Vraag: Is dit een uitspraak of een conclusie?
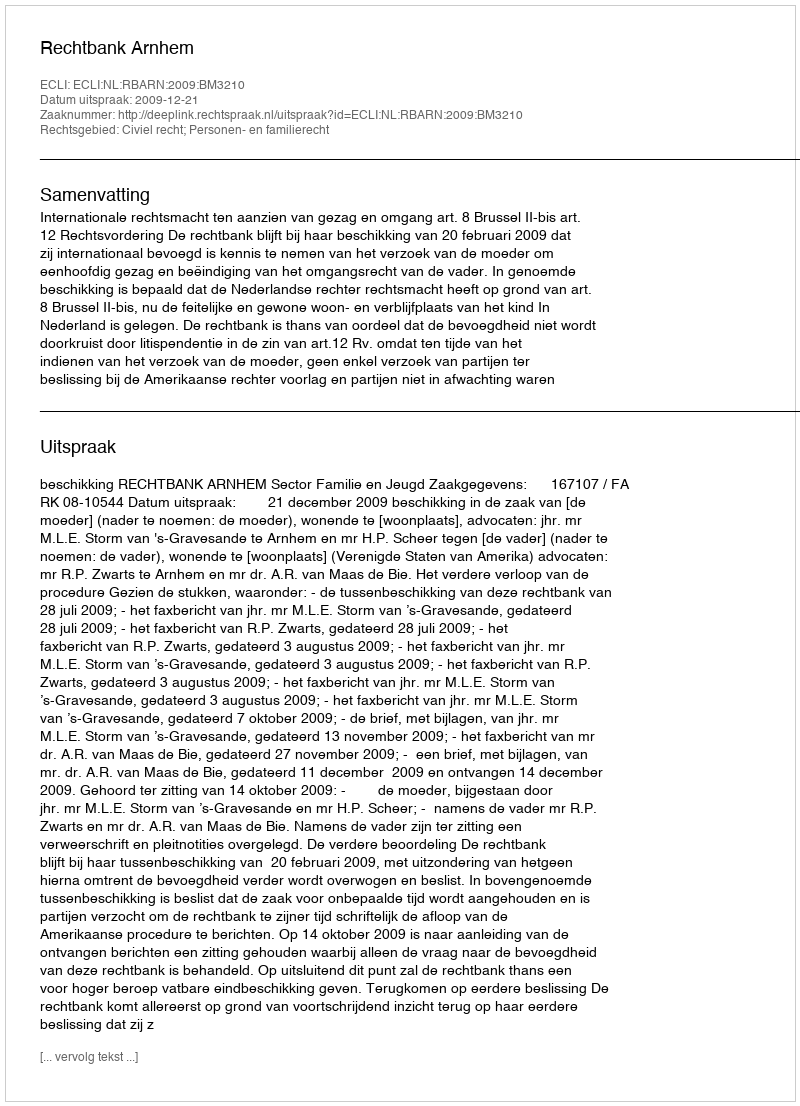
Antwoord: Uitspraak